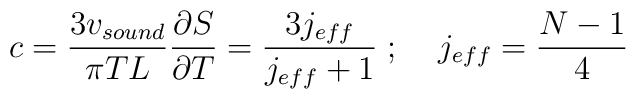
c=\frac{3v_{sound}}{\pi TL}\frac{\partial S}{\partial T}=\frac{3j_{eff}}{j_{eff}+1}\;;\;\;\;\;j_{eff}=\frac{N-1}{4}